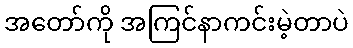
အတော်ကို အကြင်နာကင်းမဲ့တာပဲ